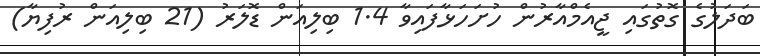
ބަދަލުގެ ގޮތުގައި ޖީއެމްއާރުން ހުށަހަޅާފައިވާ 1.4 ބިލިއަން ޑޮލަރު (21 ބިލިއަން ރުފިޔާ)